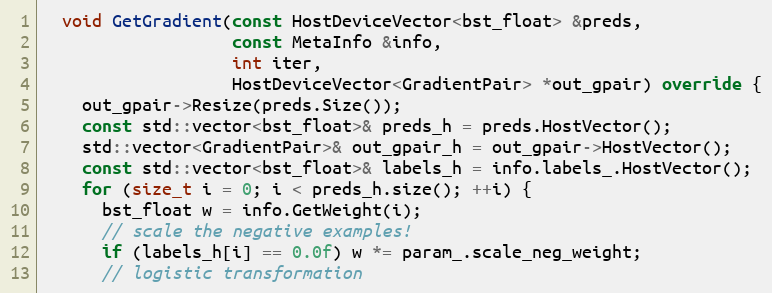
Language: C++
  void GetGradient(const HostDeviceVector<bst_float> &preds,
                   const MetaInfo &info,
                   int iter,
                   HostDeviceVector<GradientPair> *out_gpair) override {
    out_gpair->Resize(preds.Size());
    const std::vector<bst_float>& preds_h = preds.HostVector();
    std::vector<GradientPair>& out_gpair_h = out_gpair->HostVector();
    const std::vector<bst_float>& labels_h = info.labels_.HostVector();
    for (size_t i = 0; i < preds_h.size(); ++i) {
      bst_float w = info.GetWeight(i);
      // scale the negative examples!
      if (labels_h[i] == 0.0f) w *= param_.scale_neg_weight;
      // logistic transformation